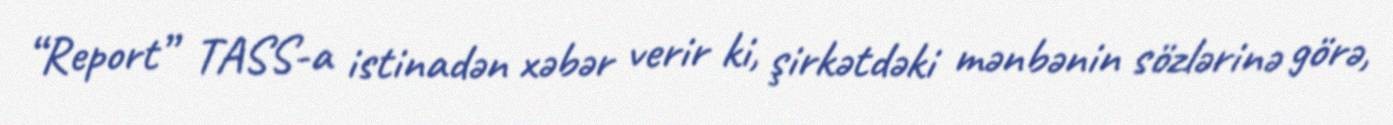
“Report” TASS-a istinadən xəbər verir ki, şirkətdəki mənbənin sözlərinə görə,